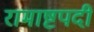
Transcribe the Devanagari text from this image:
रामाष्टपदी